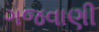
ગજવાણી